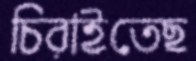
চিরাইতেছ